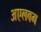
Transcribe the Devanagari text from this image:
अएलबम